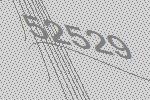
52529